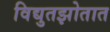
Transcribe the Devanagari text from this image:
विद्युतझोतात